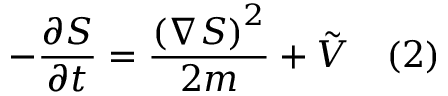
- { \frac { \partial S } { \partial t } } = { \frac { \left( \nabla S \right) ^ { 2 } } { 2 m } } + { \tilde { V } } \quad ( 2 )